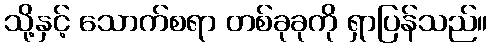
သို့နှင့် သောက်စရာ တစ်ခုခုကို ရှာပြန်သည်။